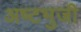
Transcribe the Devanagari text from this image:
अष्‍टभुजी